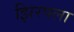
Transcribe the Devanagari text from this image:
झिरपला